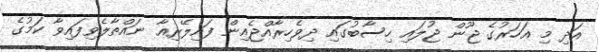
އަދި މި އަހަރުގެ ޖޫން ޖުލައި ހިސާބުގައި ދިވެހިރާއްޖެއިން ފައިލޭރިއާ ނައްތާލެވިފައިވާ ކަމުގެ